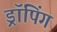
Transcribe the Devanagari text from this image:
ड्रॉपिंग